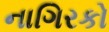
નાગિરકો